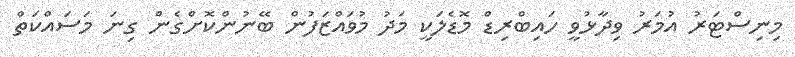
މިނިސްޓަރު އުމަރު ވިދާޅުވީ ހައިބްރިޑް މޮޑެލަކީ މަދު މުވައްޒަފުން ބޭނުންކޮށްގެން ގިނަ މަސައްކަތް